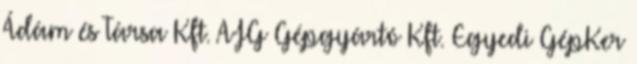
Ádám és Társa Kft. AJG Gépgyártó Kft. Egyedi GépKer